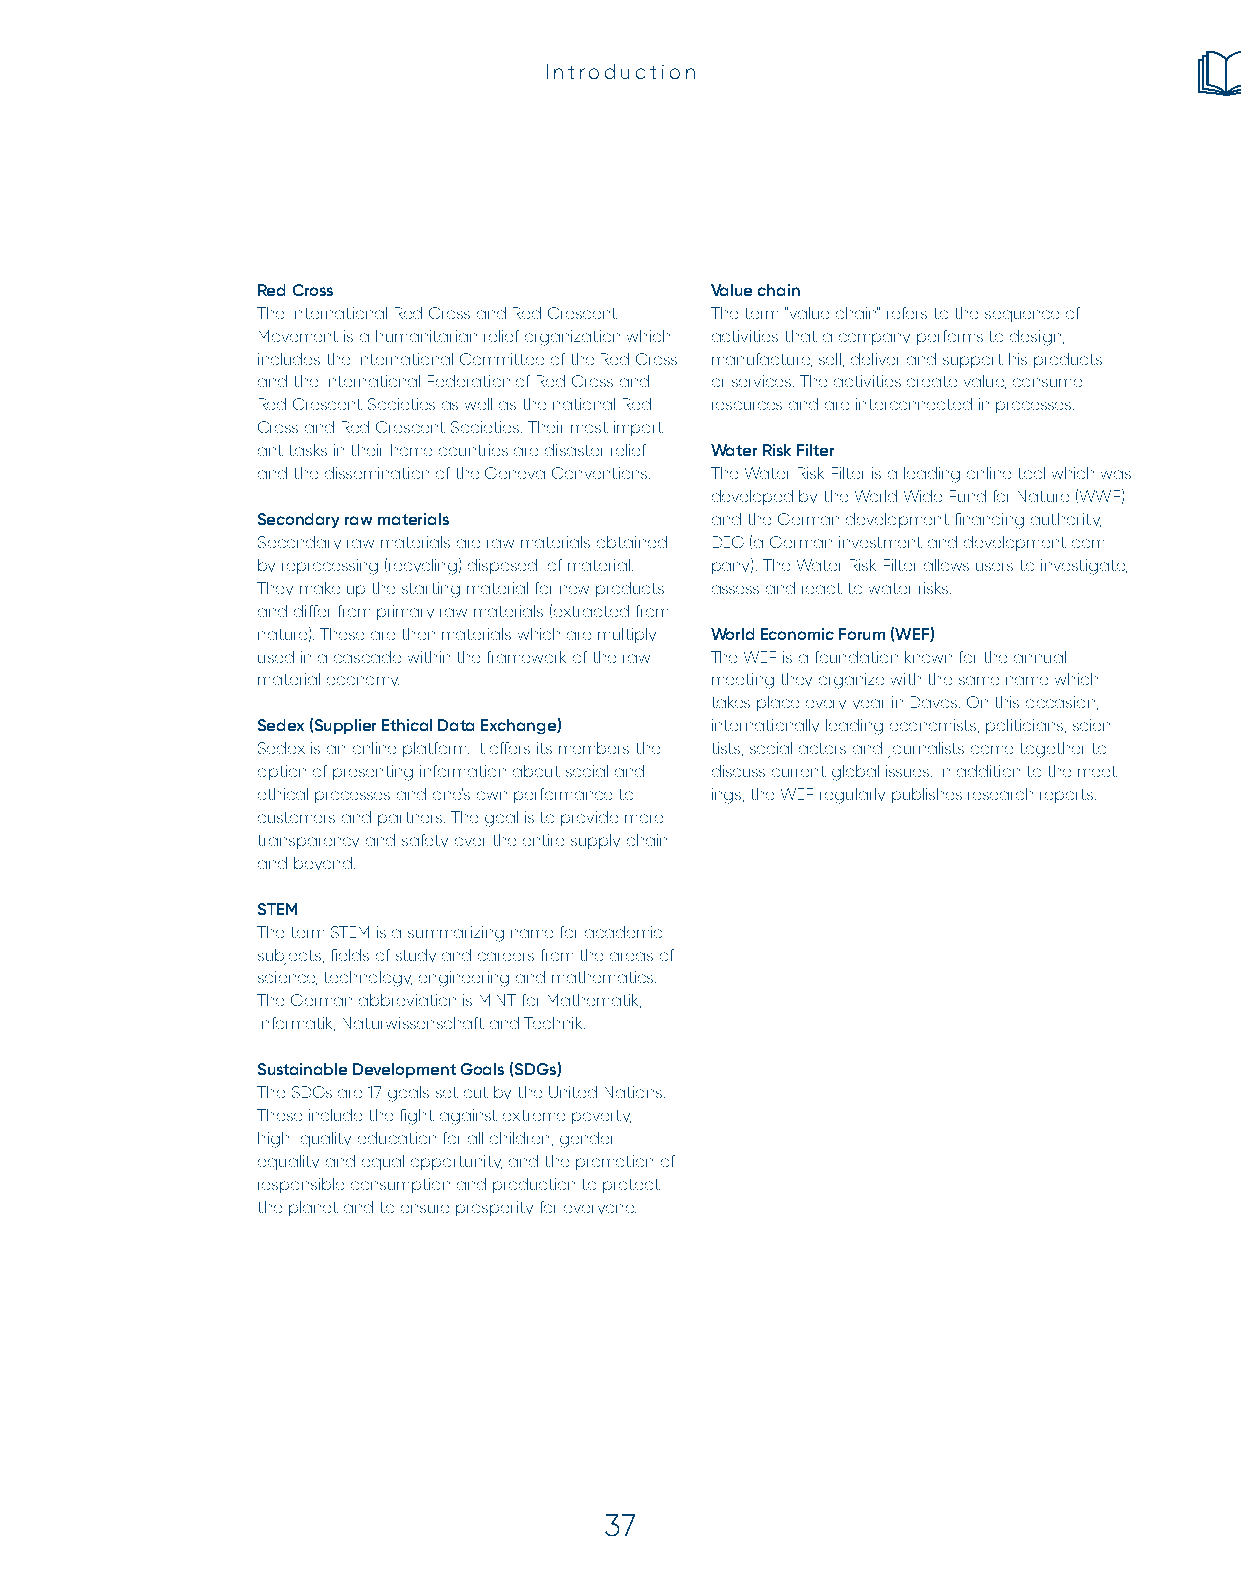
Introduction
 Red Cross                     Value chain
 The International Red Cross and Red Crescent The term "value chain" refers to the sequence of
 Movement is a humanitarian relief organization which activities that a company performs to design,
 includes the International Committee of the Red Cross manufacture, sell, deliver and support his products
 and the International Federation of Red Cross and or services. The activities create value, consume
 Red Crescent Societies as well as the national Red resources and are interconnected in processes.
 Cross and Red Crescent Societies. Their most import-
 ant tasks in their home countries are disaster relief Water Risk Filter
 and the dissemination of the Geneva Conventions. The Water Risk Filter is a leading online tool which was
 developed by the World Wide Fund for Nature (WWF)
 Secondary raw materials       and the German development financing authority,
 Secondary raw materials are raw materials obtained DEG (a German investment and development com-
 by reprocessing (recycling) disposed-of material. pany). The Water Risk Filter allows users to investigate,
 They make up the starting material for new products assess and react to water risks.
 and differ from primary raw materials (extracted from
 nature). These are then materials which are multiply World Economic Forum (WEF)
 used in a cascade within the framework of the raw The WEF is a foundation known for the annual
 material economy.             meeting they organize with the same name which
 takes place every year in Davos. On this occasion,
 Sedex (Supplier Ethical Data Exchange) internationally leading economists, politicians, scien-
 Sedex is an online platform. It offers its members the tists, social actors and journalists come together to
 option of presenting information about social and discuss current global issues. In addition to the meet-
 ethical processes and one's own performance to ings, the WEF regularly publishes research reports.
 customers and partners. The goal is to provide more
 transparency and safety over the entire supply chain
 and beyond.
 STEM
 The term STEM is a summarizing name for academic
 subjects, fields of study and careers from the areas of
 science, technology, engineering and mathematics.
 The German abbreviation is MINT for Mathematik,
 Informatik, Naturwissenschaft and Technik.
 Sustainable Development Goals (SDGs)
 The SDGs are 17 goals set out by the United Nations.
 These include the fight against extreme poverty,
 high-quality education for all children, gender
 equality and equal opportunity, and the promotion of
 responsible consumption and production to protect
 the planet and to ensure prosperity for everyone.
 37